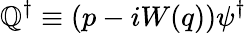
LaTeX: \mathbb{Q}^{\dagger}\equiv(p-iW(q))\psi^{\dagger}